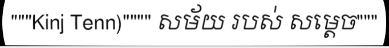
"""Kinj Tenn)"""" សម័យ របស់ សម្តេច"""